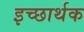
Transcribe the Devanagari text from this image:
इच्छार्थक